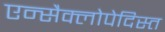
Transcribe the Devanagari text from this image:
एन्सैक्लोपेदिस्त